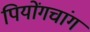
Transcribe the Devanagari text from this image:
पियोंगचांग